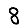
Digit: 8